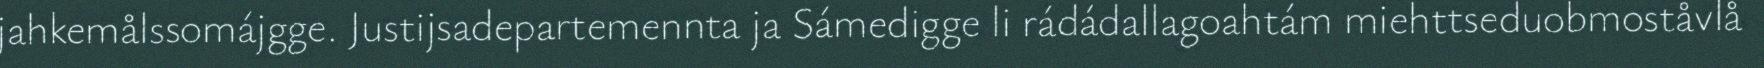
jahkemålssomájgge. Justijsadepartemennta ja Sámedigge li rádádallagoahtám miehttseduobmoståvlå